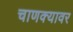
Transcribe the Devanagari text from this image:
चाणक्यावर